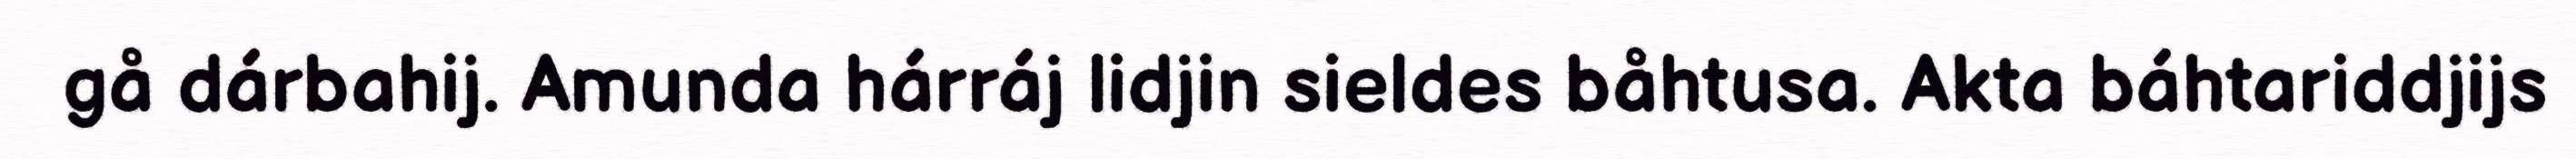
gå dárbahij. Amunda hárráj lidjin sieldes båhtusa. Akta báhtariddjijs